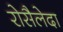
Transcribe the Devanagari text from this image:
रोसैलेदा